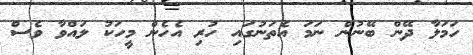
ހަމަލާ ދޭން ބޭނުން ނަމަ އެތަނުގައި ހުރި އެހެން މީހަކު ލައްވާ ވެސް